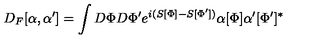
D _ { F } [ \alpha , \alpha ^ { \prime } ] = \int D \Phi D \Phi ^ { \prime } e ^ { i ( S [ \Phi ] - S [ \Phi ^ { \prime } ] ) } \alpha [ \Phi ] \alpha ^ { \prime } [ \Phi ^ { \prime } ] ^ { * }